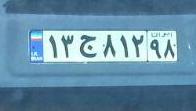
۱۳ج۸۱۲۹۸